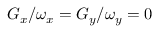
G _ { x } / \omega _ { x } = G _ { y } / \omega _ { y } = 0